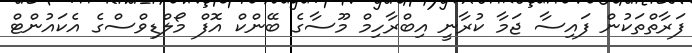
ފަރާތްތަކުން ފައިސާ ޖަމާ ކުރާނީ އިބްރާހިމް މޫސާގެ ބޭންކް އޮފް މޯލްޑިވްސްގެ އެކައުންޓް